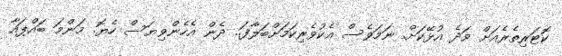
ކޮޓަރިތެރެއަށް ވަދެ އުޅޭކަށް. ނަމަވެސް އެކުވެރިކަމަށްބަލާފަ.. ދެން އެހެންވިޔަސް ހެޔޮ. މަންމަ ބައްޕައާ